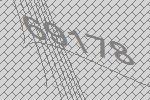
69178